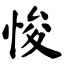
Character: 悛